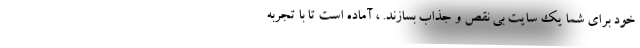
خود برای شما یک سایت بی نقص و جذاب بسازند. ، آماده است تا با تجربه